King Institute of Preventive Medicine Micro-Biological Section reports 1912-19
Year: 1912
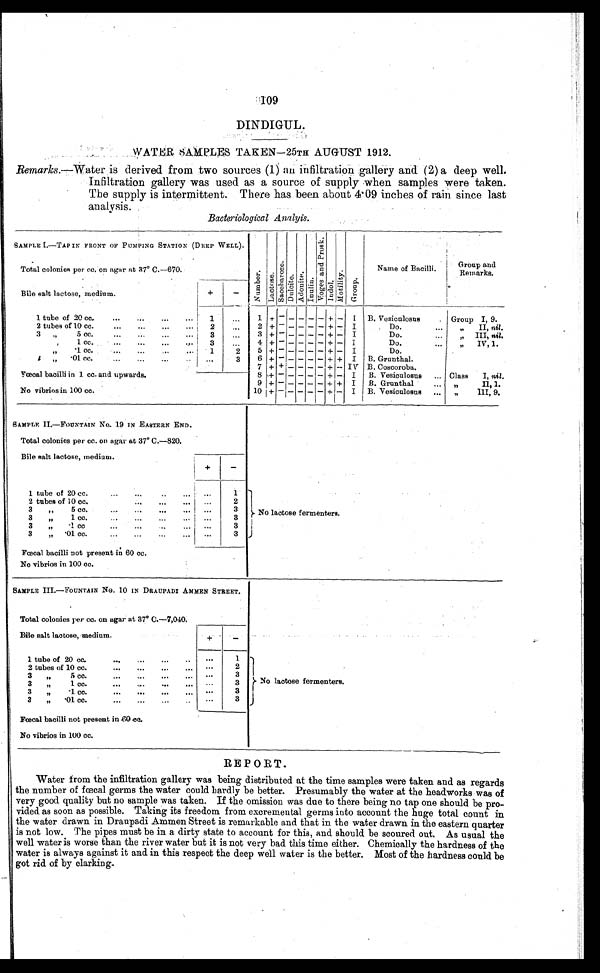
109
DINDIGTJL.
WATER SAMPLES TAKEN—25TH AUGUST 1912.
R e m a r k s
. — W a t e r i s d e r i v e d f r o m t w o s o u r c e s ( 1 ) a n i n f i l t r a t i o n g a l l e r y a n d ( 2 ) a d e e p w e l l .
Infiltration gallery was used as a source of supply when samples were taken.
The supply is intermittent. There has been about 4.09 inches of rain since last
analysis.
Bacteriological Analyis .
SAMPLE I.—TAP IN FRONT OF PUMPING STATION (DEEP WELL).
N u m b e r .
L a c t o s e . S a c c h a r o s e . D u l c i t e . A d o n i t e .
I nul i n.
V o g e s a n d P r o s k . .
I n d o l . M o t i l i t y .
G r o u p .
Name of Bacilli. Group and
Remarks.
Total colonies per cc. on agar at 37° C.—670.
Bile salt lactose, medium.
+
-
1 tube of 20 cc.
...
. . . . . . . . .
1
. . .
1
+ - - - -
- + -
I B. Vesiculosus
. Group I, 9.
2 tubes of 10 cc.
...
...
...
...
2
. . .
2 + —
-
- -
- +
I
Do.
„ II, nit.
3 „ 5 cc.
. . . . . . . . . . . .
3
. . .
3 + - - - -
- + -
I
Do.
... „ III, nil.
3 „ 1 cc. ... ... ... ...
3
. . .
4 +
-
- - - - +
+
I
Do.
„ IV, 1.
3 „ .1 cc.
. . .
. . .
. . . 1
2
5 +
-
- - -
- + -
I
Do.
3 „ .01 cc. ... ... ... ...
. . .
3
6 +
-
- - -
- + + I B. Grunthal.
Fœcal bacilli in 1 cc. and upwards.
7
+
+
- - -
- + - I V B. Coscoroba.
8 +
-
- - -
- + - I B. Vesiculosus ... Class I, nil.
9 +
-
- - - - ++ I B. Grunthal
... „ II, 1.
No vibrios in 100 cc.
10 + -
- - -
- + - I B. Vesiculosus ... „ III, 9.
SAMPLE II—FOUNTAIN No. 19 IN EASTERN END.
No lactose fermenters.
Total colonies per cc. on agar at 37° C.—820.
Bile salt lactose, medium.
+
-
1 tube of 20 cc.
...
. . . . . . . . .
. . .
1
2 tubes of 10 cc.
...
... ...
. . .
2
3 „ 5 cc.
...
...
...
. . .
. . .
3
3 „
1 cc.
... ... ,..
. . .
3
3 „
1 cc
,
...
...
. . .
. . .
3
3 „ .01 cc.
...
. . . . . . . . .
. . .
3
Fœcal bacilli not present in 60 cc.
No vibrios in 100 cc.
SAMPLE III.—FOUNTAIN No. 10 IN DRAUPADI AMMEN STREET.
No lactose fermenters.
Total colonies per cc. on agar at 37° C.—7,040.
Bile salt lactose, medium.
+
-
1 tube of 20 cc.
...
. . . ... ...
. . .
1
2 tubes of 10 cc.
...
...
...
...
. . .
2
3 „ 5 cc.
...
.... ... ...
. . .
3
. . .
3
3 „ 1 cc. ... ... ... ...
3 „ .1 cc.
...
...
...
... . . .
3
3 „ .01 cc.
...
...
...
...
. . .
3
Fœcal bacilli not present in 60 cc.
No vibrios in 100 cc.
REPORT.
Water from the infiltration gallery was being distributed at the time samples were taken and as regards
the number of fœcal germs the water could hardly be better. Presumably the water at the headworks was of
very good quality but no sample was taken. If the omission was due to there being no tap one should be pro-
vided as soon as possible. Taking its freedom from excremental germs into account the huge total count in
the water drawn in Draupadi Ammen Street is remarkable and that in the water drawn in the eastern quarter
is not low. The pipes must be in a dirty state to account for this, and should be scoured out. As usual the
well water is worse than the river water but it is not very had this time either. Chemically the hardness of the
water is always against it and in this respect the deep well water is the better. Most of the hardness could be
got rid of by clarking.